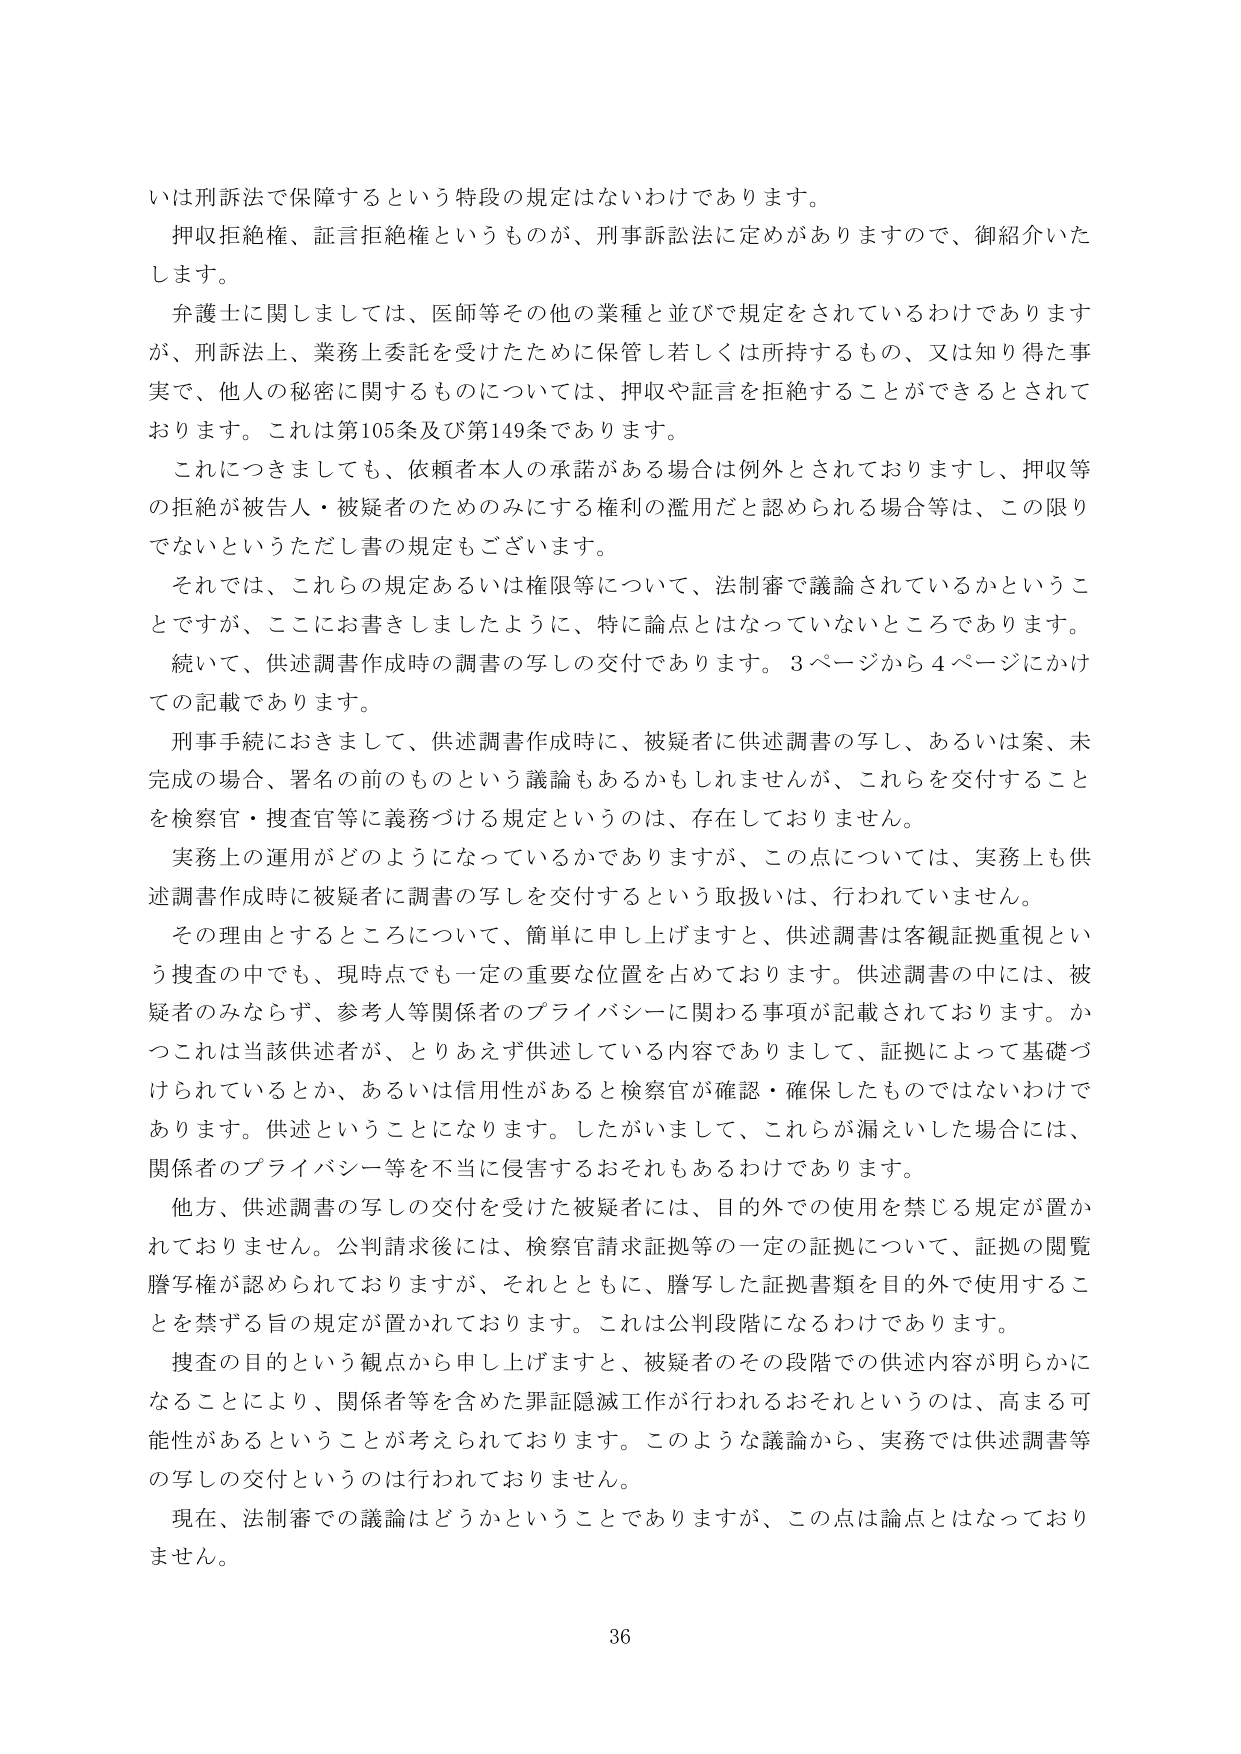
いは刑訴法で保障するという特段の規定はないわけであります。

押収拒絶権、証言拒絶権というものが、刑事訴訟法に定めがありますので、御紹介いたします。

弁護士に関しましては、医師等その他の業種と並びで規定をされているわけでありますが、刑訴法上、業務上委託を受けたために保管し若しくは所持するもの、又は知り得た事実で、他人の秘密に関するものについては、押収や証言を拒絶することができるとしております。これは第105条及び第149条であります。

これにつきましても、依頼者本人の承諾がある場合は例外とされておりますし、押収等の拒絶が被告人・被疑者のためのみにする権利の濫用だと認められる場合等は、この限りでないというただし書の規定もございます。

それでは、これらの規定あるいは権限等について、法制審で議論されているかということですが、ここにお書きしましたように、特に論点とはなっていないところであります。

続いて、供述調書作成時の調書の写しの交付であります。3ページから4ページにかけての記載であります。

刑事手続におきまして、供述調書作成時に、被疑者に供述調書の写し、あるいは案、未完成の場合、署名の前のものという議論もあるかもしれませんが、これらを交付することを検察官・捜査官等に義務づける規定というのは、存在しておりません。

実務上の運用がどのようになっているかでありますが、この点については、実務上も供述調書作成時に被疑者に調書の写しを交付するという取扱いは、行われていません。

その理由とするところについて、簡単に申し上げますと、供述調書は客観証拠重視という捜査の中でも、現時点でも一定の重要な位置を占めております。供述調書の中には、被疑者のみならず、参考人等関係者のプライバシーに関わる事項が記載されております。かつこれは当該供述者が、とりあえず供述している内容でありまして、証拠によって基礎づけられているとか、あるいは信用性があると検察官が確認・確保したものではないわけであります。供述ということになります。したがいまして、これらが漏えいした場合には、関係者のプライバシー等を不当に侵害するおそれもあるわけであります。

他方、供述調書の写しの交付を受けた被疑者には、目的外での使用を禁じる規定が置かれておりません。公判請求後には、検察官請求証拠等の一定の証拠について、証拠の閲覧謄写権が認められておりますが、それとともに、謄写した証拠書類を目的外で使用することを禁ずる旨の規定が置かれております。これは公判段階になるわけであります。

捜査の目的という観点から申し上げますと、被疑者のその段階での供述内容が明らかになることにより、関係者等を含めた罪証隠滅工作が行われるおそれというのは、高まる可能性があるということが考えられております。このような議論から、実務では供述調書等の写しの交付というのは行われておりません。

現在、法制審での議論はどうかということではありますが、この点は論点とはなっておりません。

36